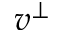
v ^ { \perp }